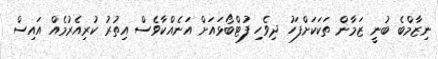
ނިޒާމްބެ ބުނީ ޒަމާން ތަކަކަށްފަހު ދިވެހި ފުޓްބޯޅައަށް އަނެއްކާވެސް އިތުރު ކުރިއެރުމެއް އައިސް